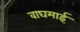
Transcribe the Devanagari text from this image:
वाघमाई